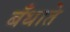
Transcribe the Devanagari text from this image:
बँधाते